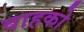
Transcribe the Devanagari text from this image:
वाहको